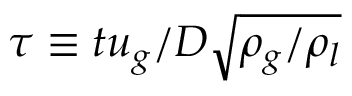
\tau \equiv t u _ { g } / D \sqrt { \rho _ { g } / \rho _ { l } }